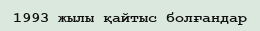
1993 жылы қайтыс болғандар